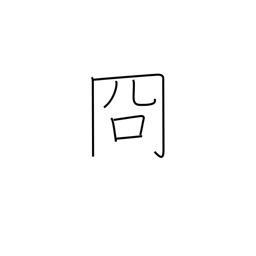
Meaning: clear